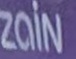
ZAIN